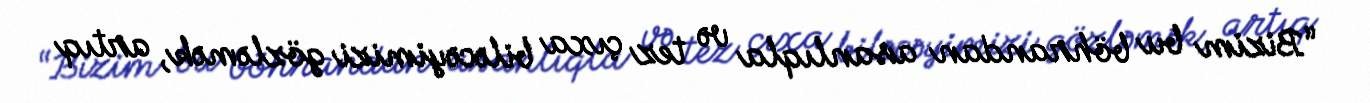
“Bizim bu böhrandan asanlıqla və tez çıxa biləcəyimizi gözləmək, artıq